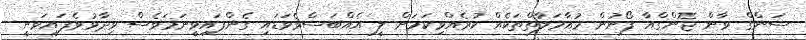
ސަންގް ވާން ޖޮންގްއާ ފޯނުން މުއާމަލާތްތަކެއް ކުރެއްވިކަމަށް ލީ އެއްބަސްވެވަޑައި ގެންފައިވީނަމަވެސް ވިދާޅުވެފައިވަނީ